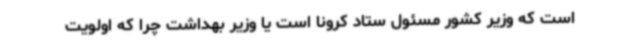
است که وزیر کشور مسئول ستاد کرونا است یا وزیر بهداشت چرا که اولویت